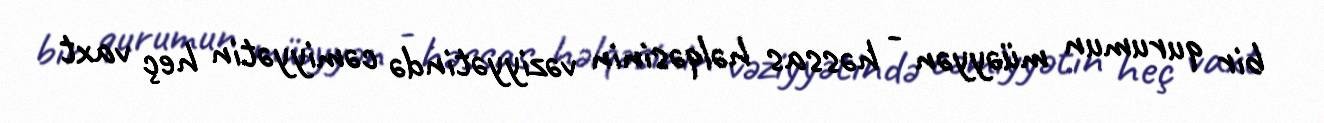
bir qurumun müəyyən - həssas həlqəsinin vəziyyətində cəmiyyətin heç vaxt